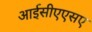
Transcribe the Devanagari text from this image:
आईसीएएसए